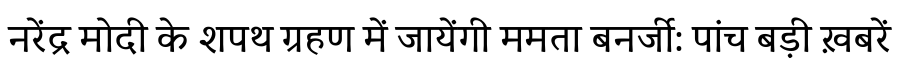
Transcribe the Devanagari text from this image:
नरेंद्र मोदी के शपथ ग्रहण में जायेंगी ममता बनर्जी: पांच बड़ी ख़बरें